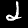
Digit: 2